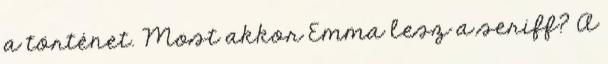
a történet. Most akkor Emma lesz a seriff? A